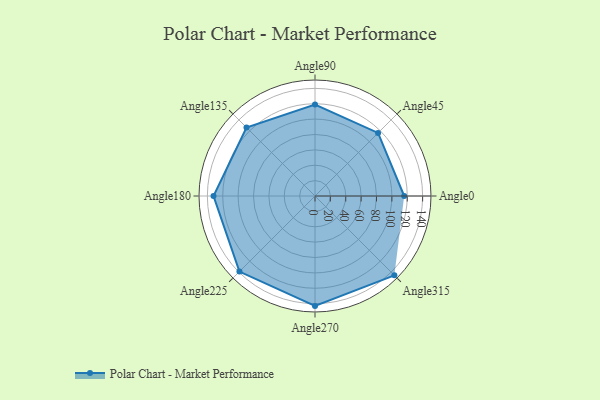
{"axis": {"x": "Angle", "y": "Radius"}, "legend": [""], "data": [{"x": "Angle0", "y": 116.0, "type": ""}, {"x": "Angle45", "y": 116.0, "type": ""}, {"x": "Angle90", "y": 119.0, "type": ""}, {"x": "Angle135", "y": 126.0, "type": ""}, {"x": "Angle180", "y": 132.0, "type": ""}, {"x": "Angle225", "y": 139.0, "type": ""}, {"x": "Angle270", "y": 143.0, "type": ""}, {"x": "Angle315", "y": 146.0, "type": ""}]}